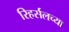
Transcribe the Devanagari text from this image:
रिहर्सलच्या